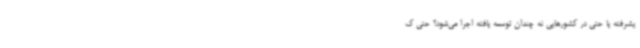
یشرفته یا حتی در کشورهایی نه چندان توسعه یافته اجرا می‌شود؟ حتی ک